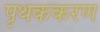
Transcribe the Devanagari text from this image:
पृथककरण